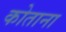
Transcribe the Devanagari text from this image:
कोताना